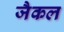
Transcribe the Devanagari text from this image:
जैकल